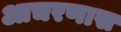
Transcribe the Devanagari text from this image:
आचरणास